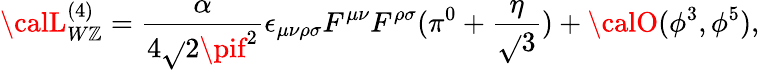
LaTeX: {\calL}_{W\mathbb{Z}}^{(4)}=\frac{{\alpha}}{{4\sqrt{}{2}\pif^{2}}}\epsilon_{\mu\nu\rho\sigma}F^{\mu\nu}F^{\rho\sigma}(\pi^{0}+\frac{{\eta}}{{\sqrt{}{3}}})+{\calO}(\phi^{3},\phi^{5}),